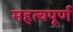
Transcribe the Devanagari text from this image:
महत्‍वपूर्ण